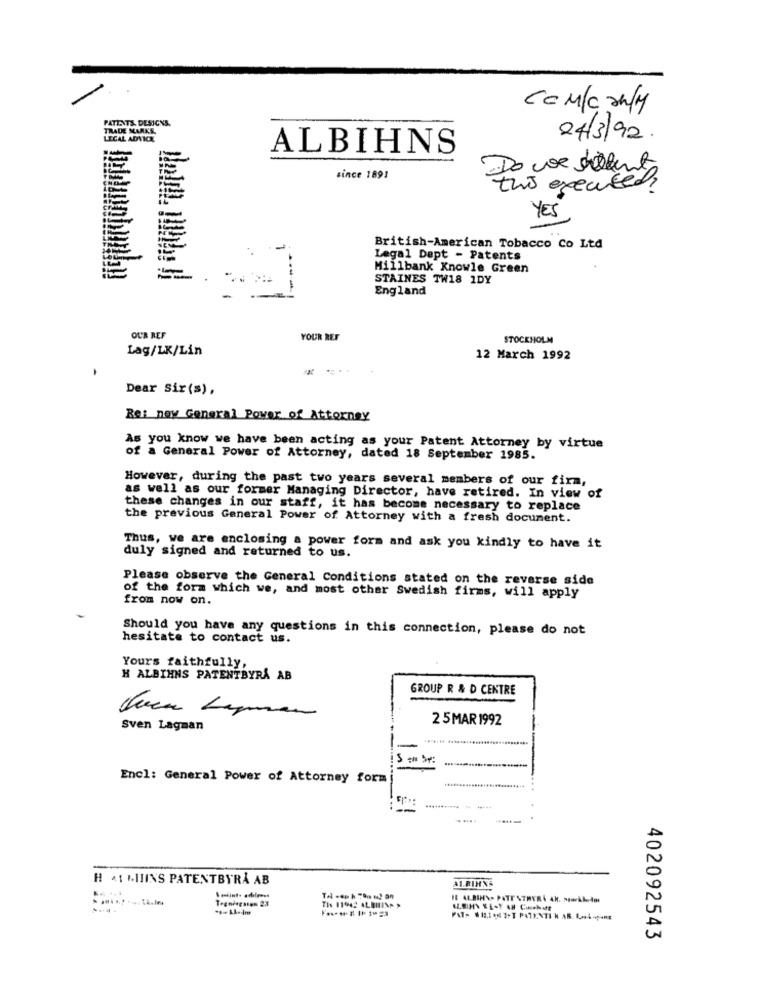
COM/CONM
PATIENTS DESIGNS.
TRADE MARKS.
LEGAL ADVICE
24/3/92.
ALBIHNS
Do we billent
since 1891
this executed?
YES
British-American Tobacco Co Ltd
Legal Dept - Patents
Millbank Knowle Green
STAINES TW18 1DY
England
OUA REF
YOUR REF
STOCKHOLM
Lag/LK/Lin
12 March 1992
Dear Sir(s),
Re: now General Power of Attorney
As you know we have been acting as your Patent Attorney by virtue
of a General Power of Attorney, dated 18 September 1985.
However, during the past two years several members of our firm,
as well as our former Managing Director, have retired. In view of
these changes in our staff, it has become necessary to replace
the previous General Power of Attorney with a fresh document.
Thus, we are enclosing a power form and ask you kindly to have it
duly signed and returned to us.
Please observe the General Conditions stated on the reverse side
of the form which we, and most other Swedish firms, will apply
from now on.
Should you have any questions in this connection, please do not
hesitate to contact us.
Yours faithfully,
H ALBIHNS PATENTBYRÅ AB
GROUP R & D CENTRE
Juca Lyman
2 5MAR 1992
Sven Lagman
...... .........................
Encl: General Power of Attorney form
H 41 MININS PATENTBYRÅ AB
AL.RINNS
The 11942 ALBIINA >
402092543